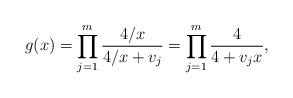
LaTeX: \begin{align*} g (x) = \prod_{j = 1}^m \frac{4/x}{4/x + v_j} = \prod_{j= 1}^m \frac{4}{4 + v_j x}, \end{align*}